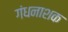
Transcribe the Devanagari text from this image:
गंधनाशक